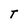
Character: T